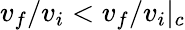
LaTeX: v_{f}/v_{i}<v_{f}/v_{i}|_{c}